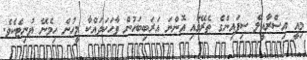
މިއީ އިސްރާއީލް ސިފައިންގެ ތެރޭގައި އޮންނަ އަރަބިބަހުން ވާހަކަދައްކާ މީހުން ހިމެނޭ ޔުނިޓެކެވެ.